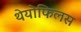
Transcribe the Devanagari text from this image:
थेयोफिलस